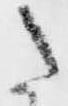
た